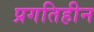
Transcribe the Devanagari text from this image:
प्रगतिहीन